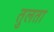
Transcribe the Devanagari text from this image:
तुलता